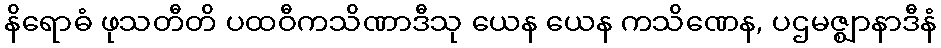
နိရောဓံ ဖုသတီတိ ပထဝီကသိဏာဒီသု ယေန ယေန ကသိဏေန, ပဌမဇ္ဈာနာဒီနံ